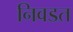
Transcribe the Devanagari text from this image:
निवडत